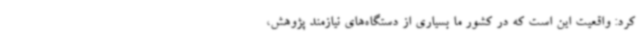
کرد: واقعیت این است که در کشور ما بسیاری از دستگاه‌های نیازمند پژوهش،